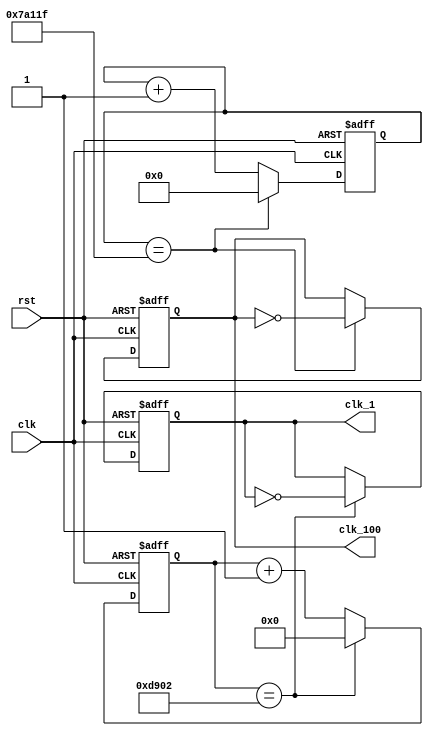
`timescale 1ns / 1ps
//////////////////////////////////////////////////////////////////////////////////
// Company: 
// Engineer: 
// 
// Design Name: 
// Module Name: clk_generator
// Project Name: 
// Target Devices: 
// Tool Versions: 
// Description: 
// 
// Dependencies: 
// 
// Revision:
// Revision 0.01 - File Created
// Additional Comments:
// 
//////////////////////////////////////////////////////////////////////////////////


`define DIV_BY_50M 50_000_000/900
`define DIV_BY_50M_BIT_WIDTH 27
`define DIV_BY_500K 500_000
`define DIV_BY_500K_BIT_WIDTH 20
module clk_generator(
    clk_1,
    clk_100,
    clk,
    rst
    );
    
    output clk_1;
    output clk_100;
    
    input clk;
    input rst;
    
    reg clk_1;
    reg clk_100;
    reg [`DIV_BY_50M_BIT_WIDTH-1:0] count_50M,count_50M_next;
    reg [`DIV_BY_500K_BIT_WIDTH-1:0] count_500K,count_500K_next;
    reg clk_1_next;
    reg clk_100_next;
    
    //clk_1
    always@(*)
        if(count_50M==`DIV_BY_50M-1)
        begin
            count_50M_next=`DIV_BY_50M_BIT_WIDTH'd0;
            clk_1_next=~clk_1;
        end
        else
        begin
            count_50M_next=count_50M+1'b1;
            clk_1_next=clk_1;
        end 
    
    always@(posedge clk or posedge rst)
        if(rst)
        begin
            count_50M<=`DIV_BY_50M_BIT_WIDTH'b0;
            clk_1<=1'b0;
        end
        else
        begin
            count_50M<=count_50M_next;
            clk_1<=clk_1_next;
        end
        
    //clk_100
    always@(*)
        if(count_500K==`DIV_BY_500K-1)
        begin
            count_500K_next=`DIV_BY_500K_BIT_WIDTH'd0;
            clk_100_next=~clk_100;
        end
        else
        begin
            count_500K_next=count_500K+1'b1;
            clk_100_next=clk_100;
        end
        
    always@(posedge clk or posedge rst)
        if(rst)
        begin
            count_500K<=`DIV_BY_500K_BIT_WIDTH'b0;
            clk_100<=1'b0;
        end
        else
        begin
            count_500K<=count_500K_next;
            clk_100<=clk_100_next;
        end
        
endmodule